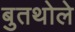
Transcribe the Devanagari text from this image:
बुतथोले